Report on malaria in the Punjab during the year ...  together with an account of the work of the Punjab Malaria Bureau - Volume 5
Disease focus: Malaria
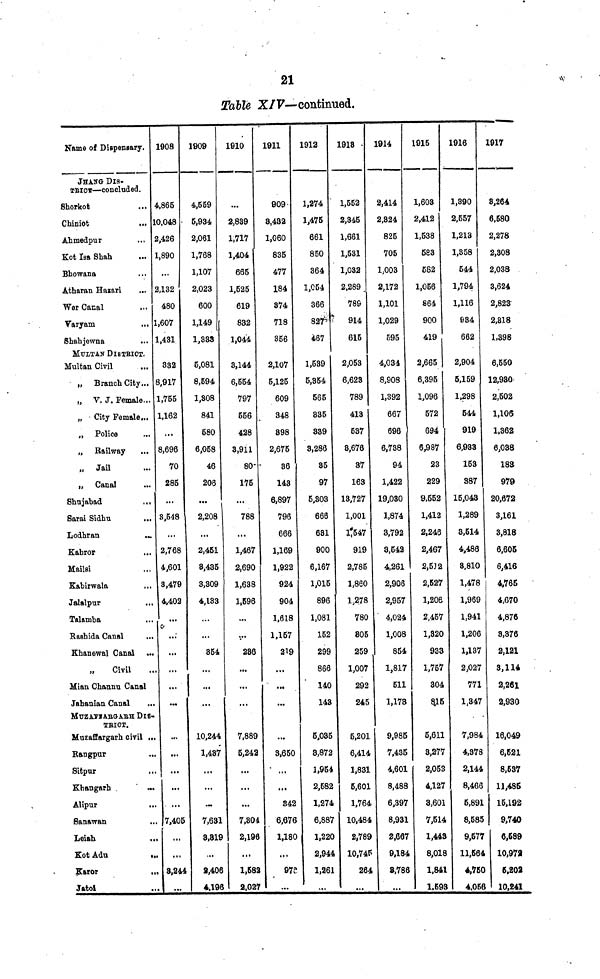
21
Table XIF—continued.
Name of Dispensary.
JHANG DIS-
TRICT—concluded.
Shorkot
Chiniot
...
Ahmedpur
Kot Isa Shah
Bhowana
...
Atharan Hazari
Wer Canal
Varyam
...
Shahjewna
MULTAN DISTRICT.
Multan Civil
„ Branch City...
„ V. J. Female...
„ City Female...
„ Police
„ Railway
„ Jail
„ Cana!
Shujabad
...
Sarai Sidhu
...
Lodbran
Kabror
Mailsi
Kabirwala
Jalalpur
Talamba
Rashida Canal
...
Khanewal Canal
Civil
Mian Channu Canal
Jahanian Canal
...
MUZAFFARGARH DI8-
TRICT.
Muzaffargarh civil ..
Rangpur
Sitpur
Khangarh
...
Alipur
..
Sanawan
.
Leiah
Kot
Adu
Karor
Jatol
1908
4,865
10.048
2,426
1,890
...
2,132
480
1,607
1,431
332
,917
1,755
1,162
...
8,696
70
285
...
3,548
...
2,768
4,601
8,479
4,402
...
. ...
...
.
...
.
...
...
.
...
. 7,405
.
...
3,244
1909
4,559
5,934
2,061
1,768
1,107
2,023
600
1,149
1,333
5,081
8,594
1,308
841
580
6,058
46
208
...
2,208
...
2,451
3,435
3,309
4,133
354
...
...
...
10,244
1,487
...
...
...
7,631
3,319
,..
2,406
4.196
1910
...
2,839
1,717
1,404
665
1,525
619
832
1,044
3,144
6,554
797
556
428
3,911
80
175
...
788
...
1,467
2,690
1,638
1,596
...
V
236
...
...
...
7,889
5,242
...
...
...
7,304
2,196
...
1,582
2,027
1911
909
8,432
1,060
835
477
184
374
718
356
2,107
5,125
609
348
898
2,675
36
143
6,897
796
666
1,169
1,922
924
904
1,618
1,157
219
...
...
...
...
3,650
...
...
342
6,676
1,180
...
978
...
1912
1,274
1,475
661
850
364
1,054
366
467
1,539
5,354
565
335
339
3,286
35
97
5,303
666
631
900
6,167
1,015
896
1,081
152
299
866
140
143
5,035
3,872
1,954
2,582
1,274
6,887
1,220
2,944
1,261
...
1918
1,552
2,345
1,661
1,531
1,032
2,289
789
914
615
2,053
6,623
789
413
537
3,676
87
163
13,727
1,001
1,547
919
2,785
1,860
1,278
780
805
259
1,007
292
245
5,201
6,414
1,831
5,601
1,764
10,484
2,789
10,745
264
...
1914
2,414
2,324
825
705
1,003
2,172
1,101
1,029
595
4,034
8,908
1,392
667
696
6,738
94
1,422
19,030
1,874
3,792
3,542
4,261
2,906
2,957
4,024
1,008
854
1,817
511
1,173
9,985
7,435
4,601
8,488
6,397
8,931
2,667
9,184
3,786
...
1915
1,603
2,412
1,538
583
582
1,056
864
900
419
2,665 |
6,395
1,096
572
694
6,987
23
229
9,552
1,412
2,246
2,467
2,512
2,527
1,206
2,457
1,820
933
1,757
304
8.15
5,611
3,277
2,053
4,127
3,601
7,514
1,443
8,018
1,841
1,593
1916
1,390
2,557
1,213
1,358
544
1,794
1,116
934
662
2,904
5,159
1,298
544
919
6,933
153
387
15,043
1,289
3,514
4,486
3,810
1,478
1,969
1,941
1,206
1,137
2,027
771
1,347
7,984
4,378
2,144
8,466
5,891
8,585
9,577
11,564
4,750
4,056
1917
8,264
6,580
2,278
2,308
2,038
3,624
2,823
2,818
1,398
6,550
12,930
2,502
1,106
1,362
6,038
183
979
20,672
3,161
3,818
6,605
6,416
4,765
4,670
4,876
8,376
2,121
3,114
2,261
2,930
16,049
6,621
8,537
11,485
15,192
9,740
6,689
10,97a
6,202
10,241